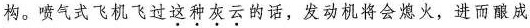
构。喷气式飞机飞过这种灰云的话，发动机将会熄火，进而酿成